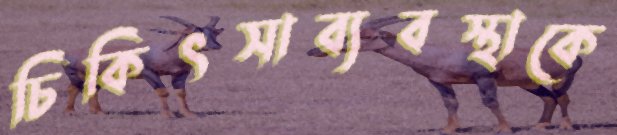
চিকিৎসাব্যবস্থাকে